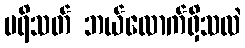
ပရိသတ် ဘယ်လောက်ရှိသလဲ